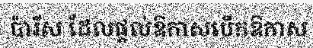
ប៉ារីស ដែលផ្តល់ឱកាសបើកឱកាស